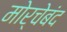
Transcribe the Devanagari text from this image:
मोर्चेबंद